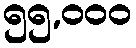
၅၅,၀၀၀